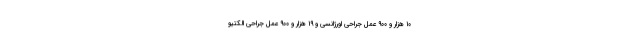
۱۰ هزار و ۹۰۰ عمل جراحی اورژانسی و ۱۹ هزار و ۹۰۰ عمل جراحی الکتیو